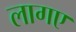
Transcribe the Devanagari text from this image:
लागए